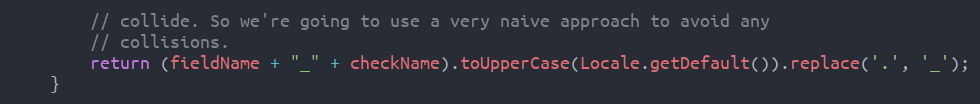
Language: Java
        // collide. So we're going to use a very naive approach to avoid any
        // collisions.
        return (fieldName + "_" + checkName).toUpperCase(Locale.getDefault()).replace('.', '_');
    }